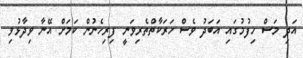
އަދި މަސް ހިފުމުގައި އަބަދު ވެސް ހަރަކާތްތެރިވަނީ ފިރިހެނުން ކަމަށް އޭނާ ވިދާޅުވި